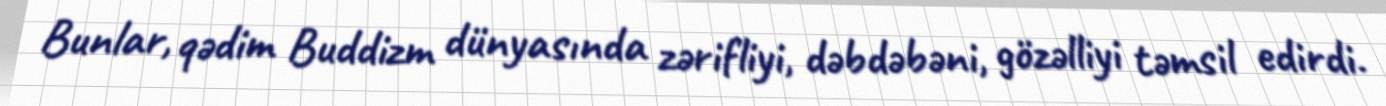
Bunlar, qədim Buddizm dünyasında zərifliyi, dəbdəbəni, gözəlliyi təmsil edirdi.